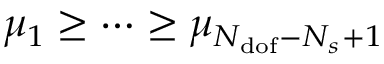
\mu _ { 1 } \geq \dots \geq \mu _ { N _ { \mathrm { d o f } } - N _ { s } + 1 }